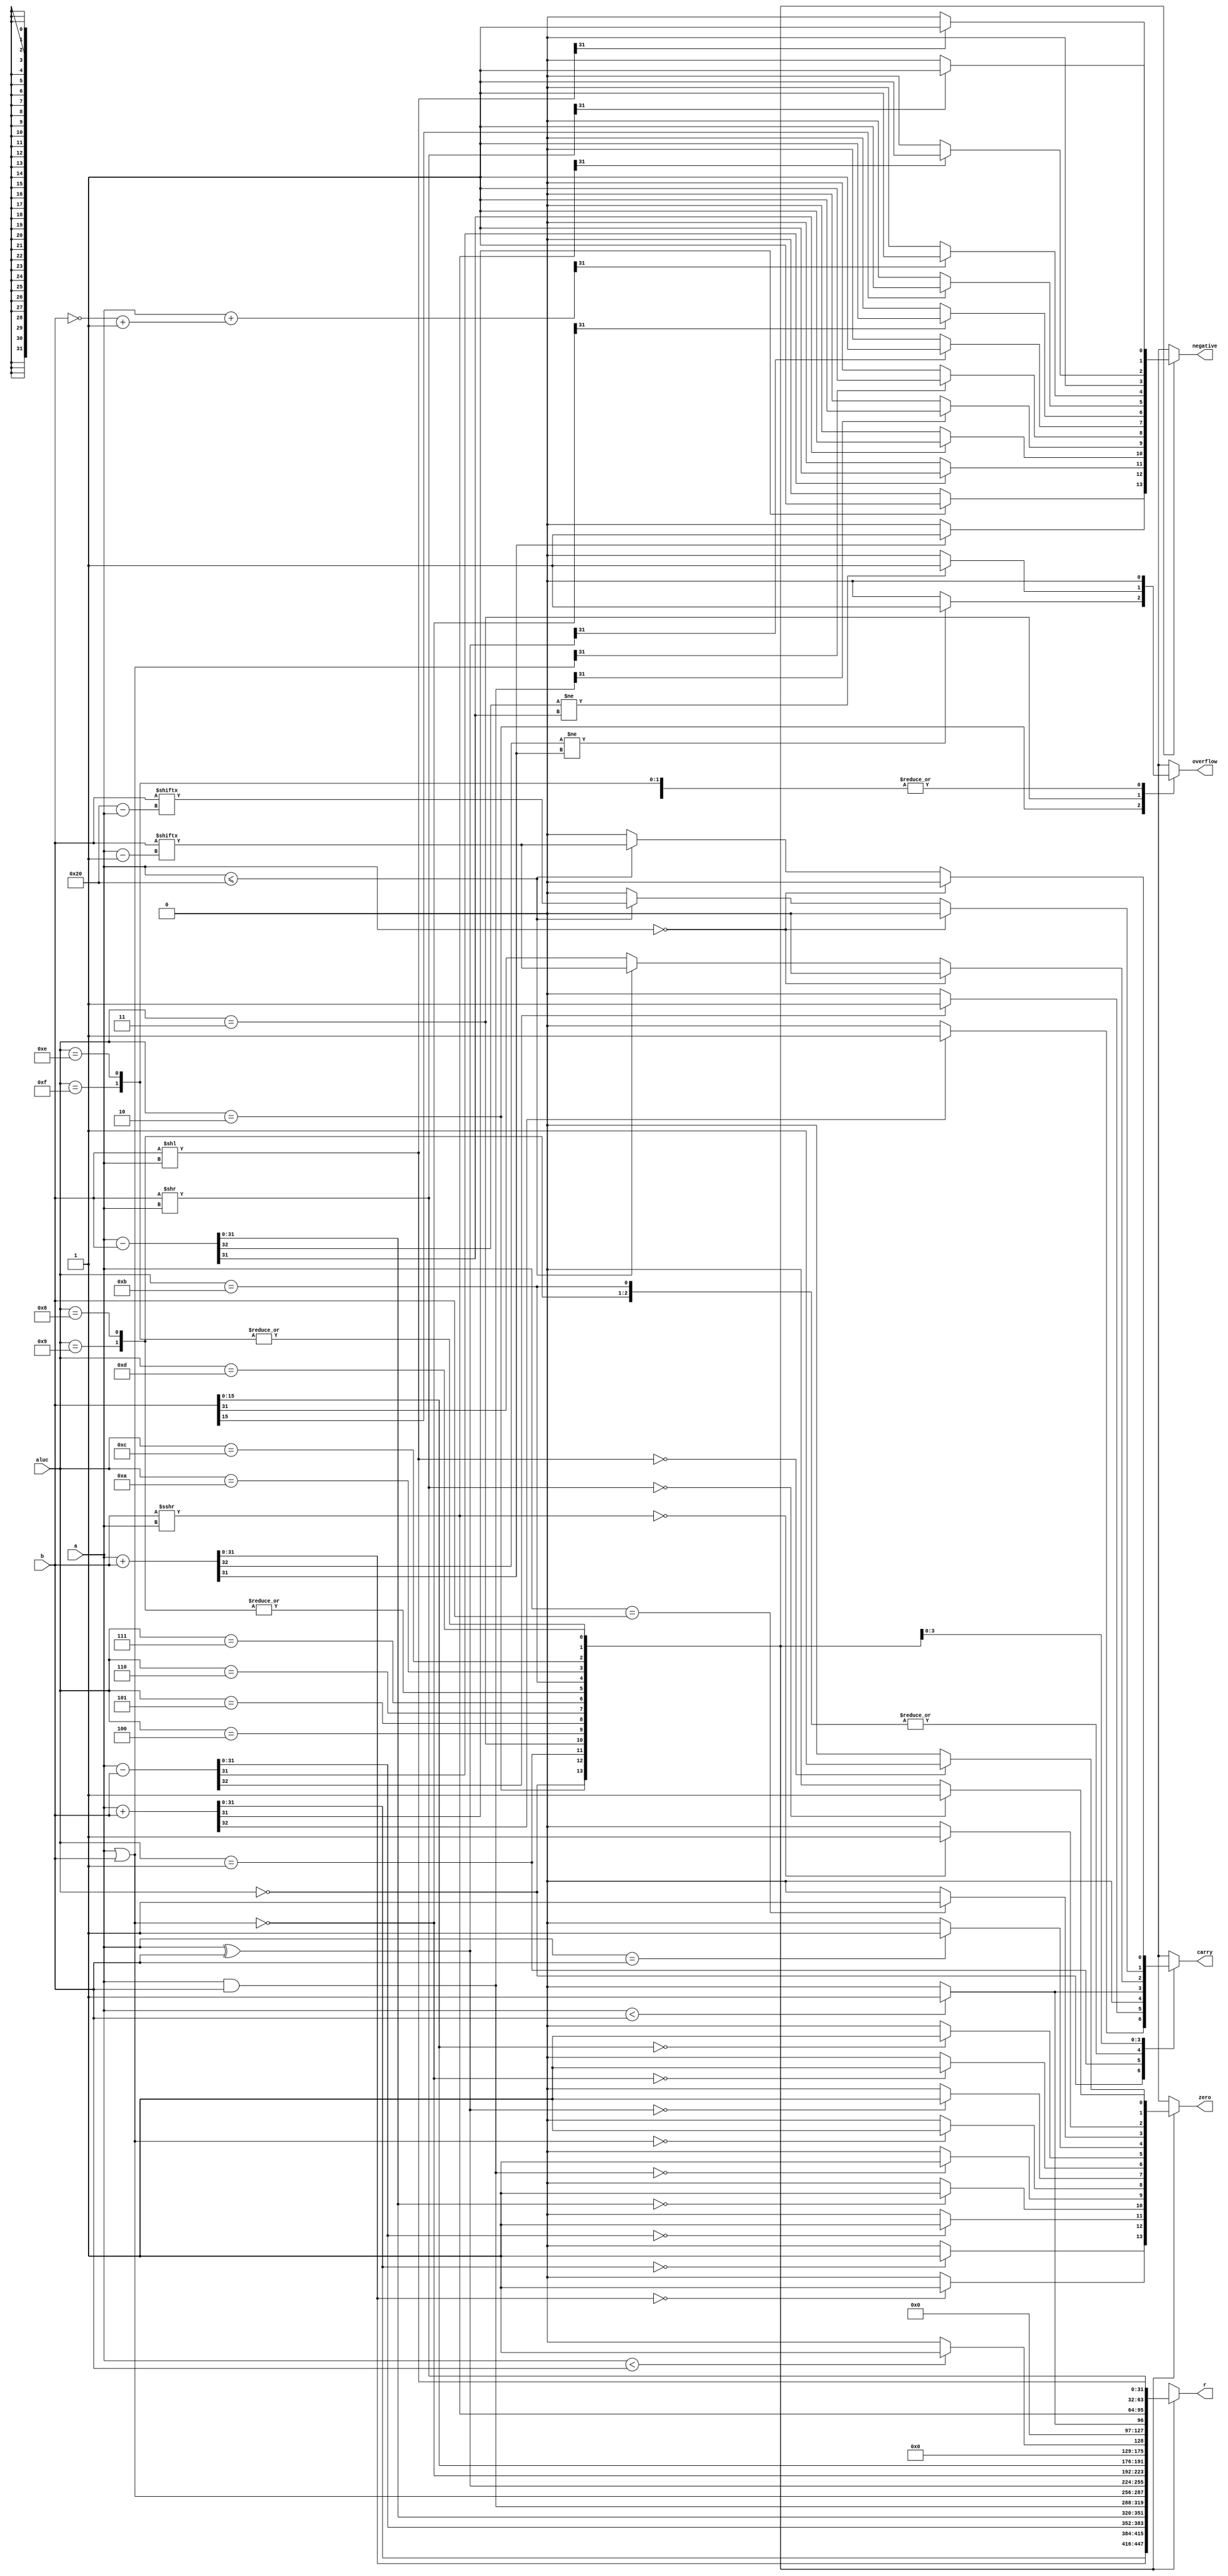
//
//inputa(A)
//       b(B)
//       aluc(4)
//output:r()
//       zero()
//       carry()
//       negative()
//       overflow()

module ALU(a,b,aluc,r,zero,carry,negative,overflow);
    input [31:0] a;
    input [31:0] b;
    input [3:0] aluc;
    output reg [31:0] r;
    output reg zero=1'b0;
    output reg carry=1'b0;
    output reg negative=1'b0;
    output reg overflow=1'b0;

    reg [32:0] unSsum;
    reg signed [31:0] Sa;
    reg signed [31:0] Sb;
    reg signed [32:0] Ssum;
    reg signed [32:0] StempSub;
    
    always @(a or b or aluc) 
    begin
        zero=1'b0;
        carry=1'b0;
        negative=1'b0;
        overflow=1'b0;

        Ssum=33'b000000000000000000000000000000000;
        unSsum=33'b000000000000000000000000000000000;
        Sa=$signed(a);
        Sb=$signed(b);
        StempSub=32'b00000000000000000000000000000000;
        case(aluc)
            4'b0000://ADDU
            begin
                unSsum=a+b;
                r=unSsum[31:0];
                if(r==32'h00000000)
                    zero=1'b1;
                else zero=1'b0;
                if(unSsum[32])
                    carry=1'b1;
                else carry=1'b0;
                if(r[31])
                    negative=1'b1;
                else negative=1'b0;
            end
            4'b0010://ADD
            begin
                Ssum=Sa+Sb;
                r=Ssum[31:0];
                if(r==32'h00000000)
                    zero=1'b1;
                else zero=1'b0;
                if(r[31])
                    negative=1'b1;
                else negative=1'b0;
                if(Ssum[32]!=Ssum[31])
                    overflow=1'b1;
                else overflow=1'b0;
            end
            4'b0001://SUBU
            begin
                unSsum=a-b;
                r=unSsum[31:0];
                if(r==32'h00000000)
                    zero=1'b1;
                else zero=1'b0;
                if(unSsum[32])
                    carry=1'b1;
                else carry=1'b0;
                if(r[31])
                    negative=1'b1;
                else negative=1'b0;
            end
            4'b0011://SUB
            begin
                Ssum=Sa-Sb;
                r=Ssum[31:0];
                if(r==32'h00000000)
                    zero=1'b1;
                else zero=1'b0;
                if(r[31])
                    negative=1'b1;
                else negative=1'b0;
                if(Ssum[32]!=Ssum[31])
                    overflow=1'b1;
                else overflow=1'b0;
            end
            4'b0100://AND
            begin
                r=a&b;
                if(r==32'h00000000)
                    zero=1'b1;
                else zero=1'b0;
                if(r[31])
                    negative=1'b1;
                else negative=1'b0;
            end
            4'b0101://OR
            begin
                r=a|b;
                if(r==32'h00000000)
                    zero=1'b1;
                else zero=1'b0;
                if(r[31])
                    negative=1'b1;
                else negative=1'b0;
            end
            4'b0110://XOR
            begin
                r=a^b;
                if(r==32'h00000000)
                    zero=1'b1;
                else zero=1'b0;
                if(r[31])
                    negative=1'b1;
                else negative=1'b0;
            end
            4'b0111://NOR
            begin
                r=~(a|b);
                if(r==32'h00000000)
                    zero=1'b1;
                else zero=1'b0;
                if(r[31])
                    negative=1'b1;
                else negative=1'b0;
            end
            4'b1000,4'b1001://LUI
            begin
                r={b[15:0],16'b0000000000000000};
                if(r==32'h00000000)
                    zero=1'b1;
                else zero=1'b0;
                if(r[31])
                    negative=1'b1;
                else negative=1'b0;
            end
            4'b1011://SLT
            begin
                r=(Sa<Sb)?32'h00000001:32'h00000000;
                if(Sa==Sb)
                    zero=1'b1;
                else zero=1'b0;
                StempSub=Sa+(~Sb+1'b1);
                if(StempSub[31])
                    negative=1'b1;
                else negative=1'b0;
            end
            4'b1010://SLTU
            begin
                r=(a<b)?32'h00000001:32'h00000000;
                if(a==b)
                    zero=1'b1;
                else zero=1'b0;
                if(a<b)
                    carry=1'b1;
                else carry=1'b0;
                if(r[31])
                    negative=1'b1;
                else negative=1'b0;
            end
            4'b1100://SRA
            begin
                r=Sb>>>a;
                if(r==32'h00000000)
                    zero=1'b1;
                else zero=1'b0;
                if(a==32'h00000000)
                    carry=carry;
                else if(a<=32)
                    carry=b[a-1];
                else carry=b[31];
                if(r[31])
                    negative=1'b1;
                else negative=1'b0;
            end
            4'b1110,4'b1111://SLL/SLA
            begin
                r=b<<a;
                if(r==32'h00000000)
                    zero=1'b1;
                else zero=1'b0;
                if(a==32'h00000000)
                    carry=1'b0;
                else if(a<=32)
                    carry=b[32-a];
                else carry=1'b0;
                if(r[31])
                    negative=1'b1;
                else negative=1'b0;
            end
            4'b1101://SRL
            begin
                r=b>>a;
                if(r==32'h00000000)
                    zero=1'b1;
                else zero=1'b0;
                if(a==32'h00000000)
                    carry=carry;
                else if(a<=32)
                    carry=b[a-1];
                else carry=1'b0;
                if(r[31])
                    negative=1'b1;
                else negative=1'b0;
            end
            default:
                begin
                end
        endcase
    end

    

endmodule